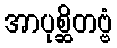
အာပုစ္ဆိတဗ္ဗံ